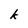
Character: k